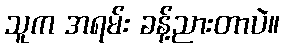
သူက အရမ်း ခန့်ညားတာပဲ။